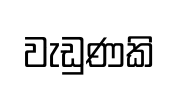
වැඩුණකි